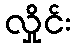
လှိုင်း